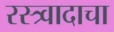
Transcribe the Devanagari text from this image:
रस्त्र्वादाचा